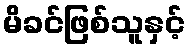
မိခင်ဖြစ်သူနှင့်